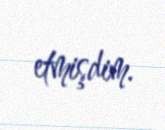
etmişdim.